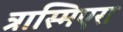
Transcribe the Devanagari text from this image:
त्रास्मिएरा